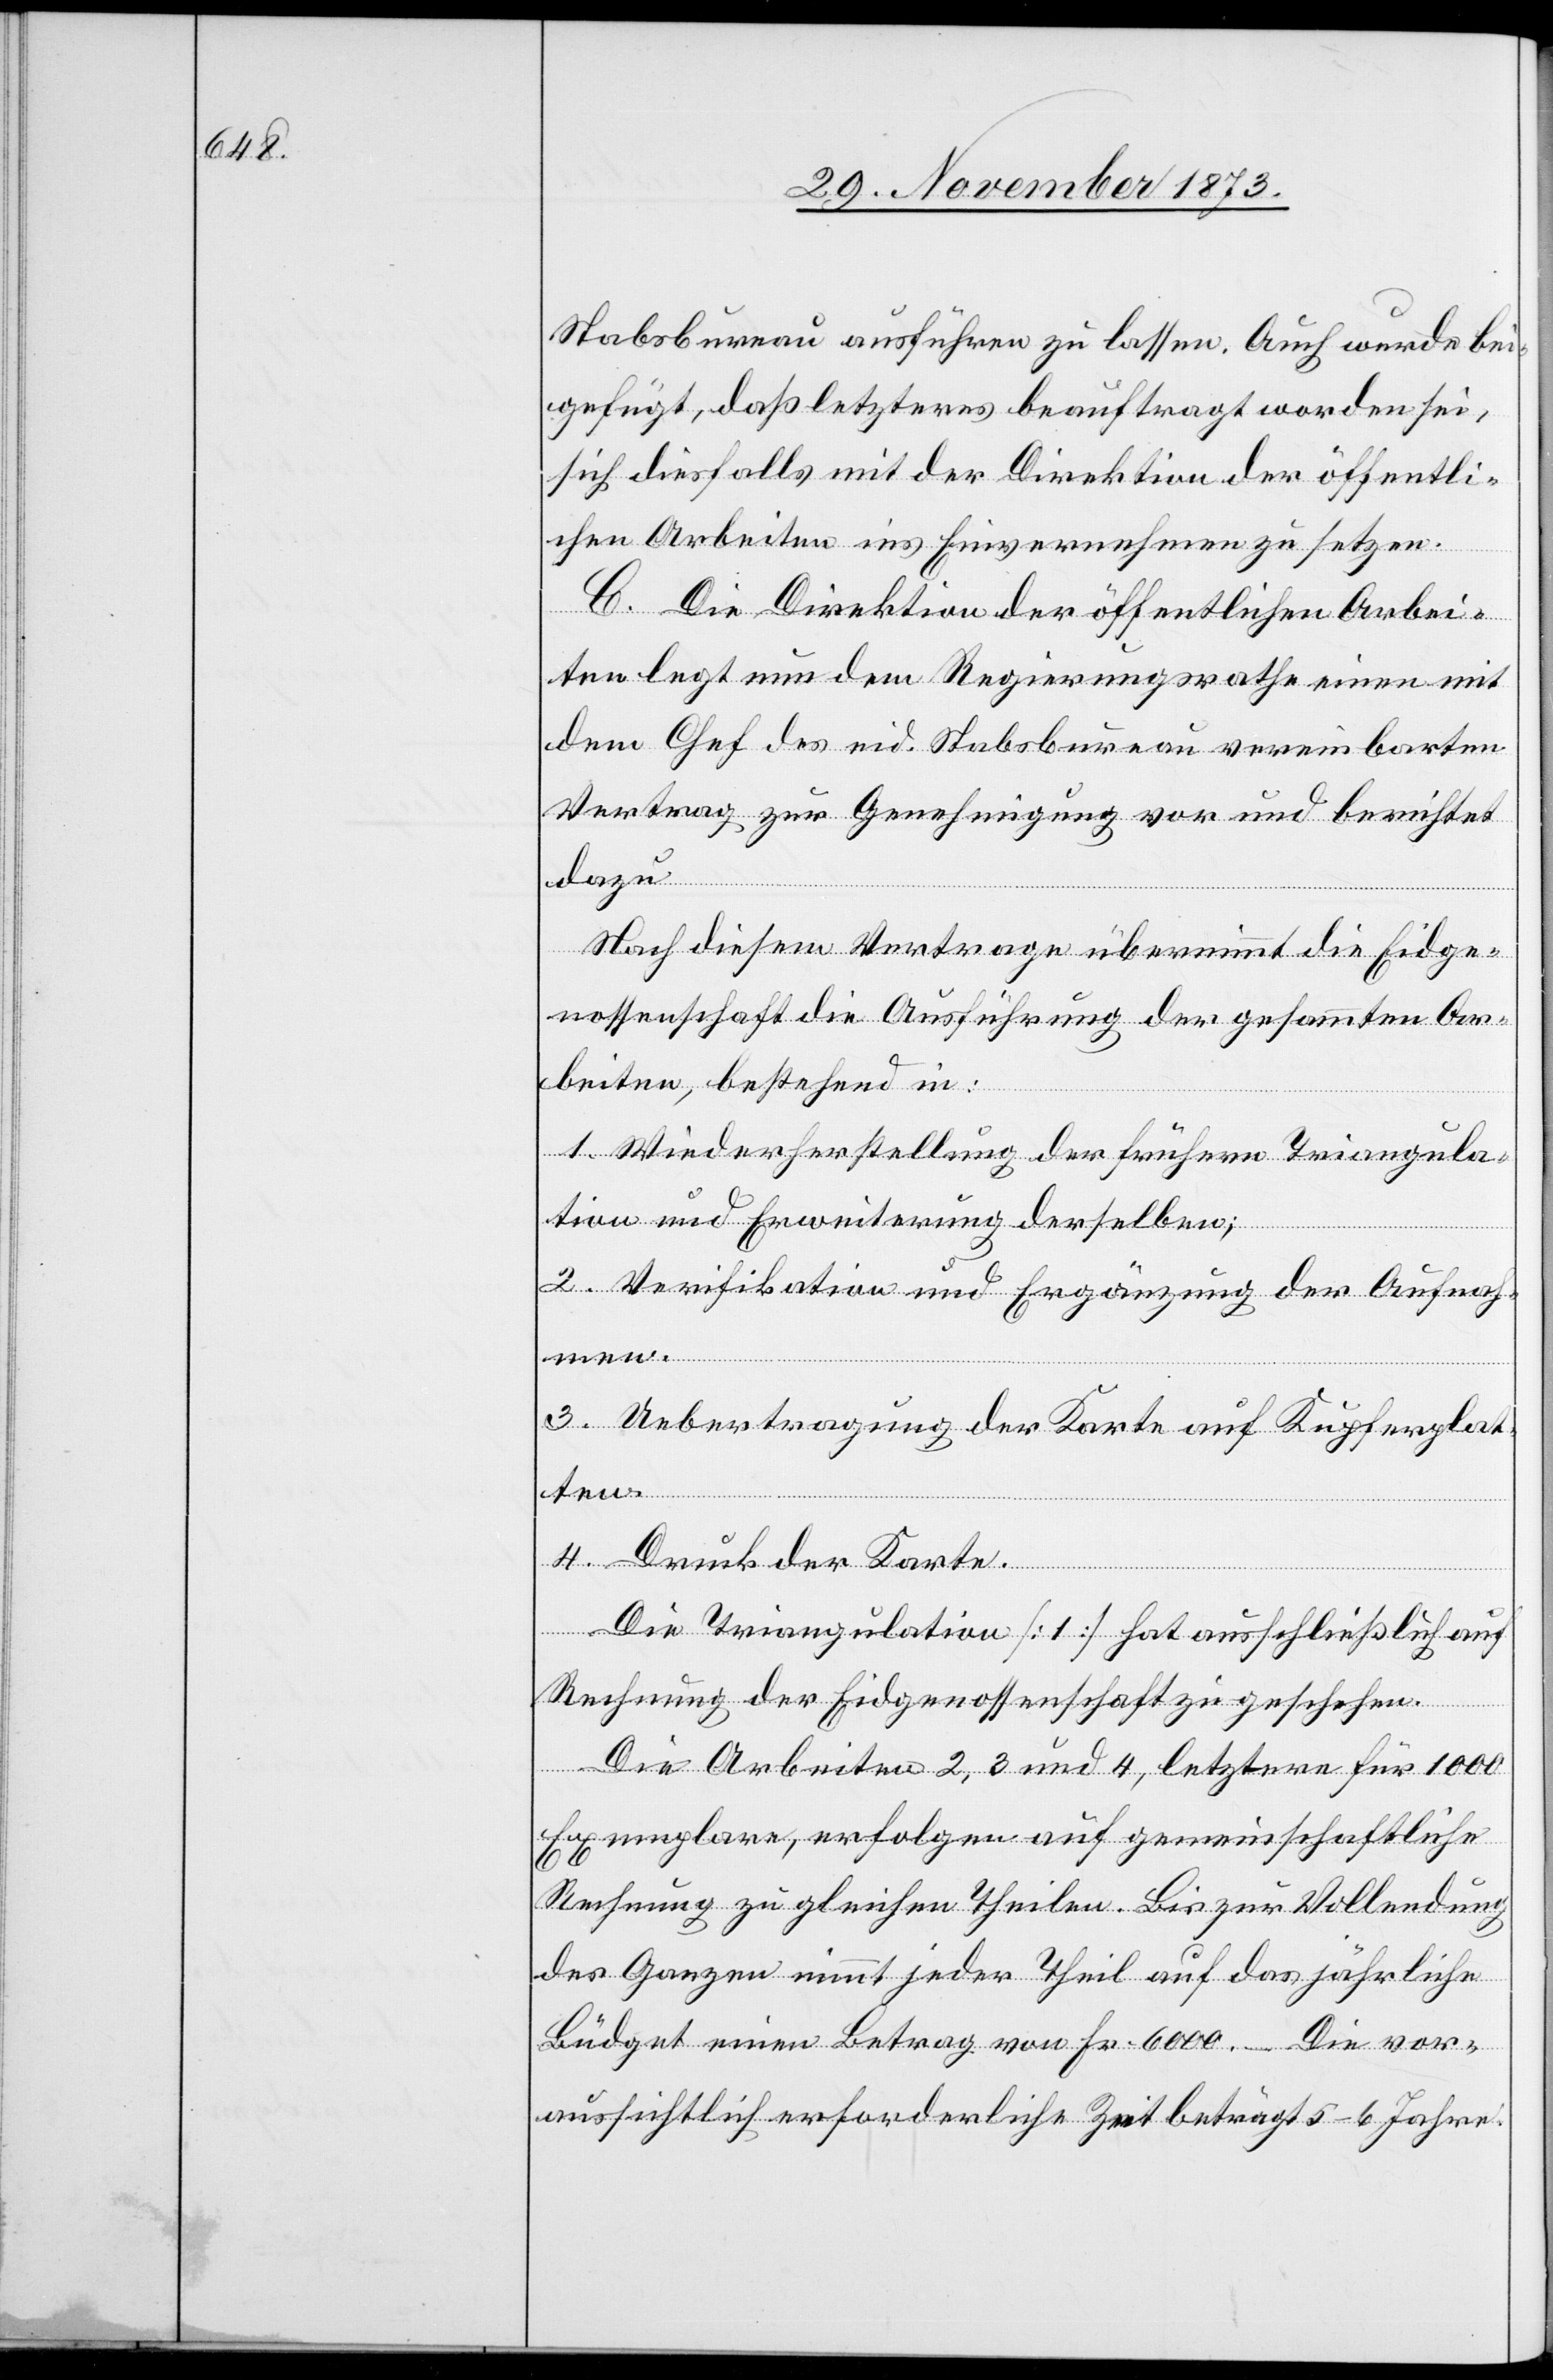
Stabsbureau ausführen zu lassen. Auch wurde bei¬
gefügt, daß letzteres beauftragt worden sei,
sich diesfalls mit der Direktion der öffentli¬
chen Arbeiten ins Einvernehmen zu setzen.
C. Die Direktion der öffentlichen Arbei¬
ten legt nun dem Regierungsrathe einen mit
dem Chef des eid. Stabsbureau vereinbarten
Vertrag zur Genehmigung vor und berichtet
dazu:
Nach diesem Vertrage übernimmt die Eidge¬
nossenschaft die Ausführung der gesammten Ar¬
beiten, bestehend in:
1. Wiederherstellung der frühern Triangula¬
tion und Erweiterung derselben;
2. Verifikation und Ergänzung der Aufnah¬
3. Uebertragung der Karte auf Kupferplat¬
ten.
4. Druck der Karte.
men.
Die Triangulation [1] hat ausschließlich auf
Rechnung der Eidgenossenschaft zu geschehen.
Die Arbeiten 2, 3 und 4, letztere für 1 000
Exemplare, erfolgen auf gemeinschaftliche
Rechnung zu gleichen Theilen. Bis zur Vollendung
des Ganzen nimmt jeder Theil auf das jährliche
Büdget einen Betrag von Fr. 6 000 – Die vor¬
aussichtlich erforderliche Zeit beträgt 5–6 Jahre.